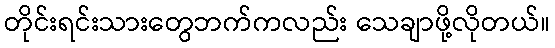
တိုင်းရင်းသားတွေဘက်ကလည်း သေချာဖို့လိုတယ်။